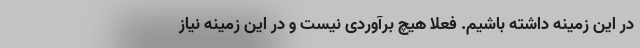
در این زمینه داشته باشیم. فعلا هیچ برآوردی نیست و در این زمینه نیاز